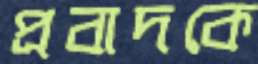
প্রবাদকে